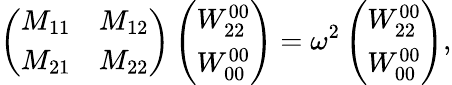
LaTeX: \left(\begin{array}{cc}{{M_{11}}}&{{M_{12}}}\\ {{M_{21}}}&{{M_{22}}}\end{array}\right)\left(\begin{array}{c}{{W_{22}^{00}}}\\ {{W_{00}^{00}}}\end{array}\right)=\omega^{2}\left(\begin{array}{c}{{W_{22}^{00}}}\\ {{W_{00}^{00}}}\end{array}\right),